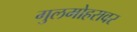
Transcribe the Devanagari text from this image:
गुलमोहरावर